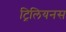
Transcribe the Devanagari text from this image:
ट्रिलियनस